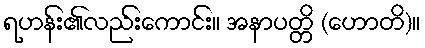
ရဟန်း၏လည်းကောင်း။ အနာပတ္တိ (ဟောတိ)။